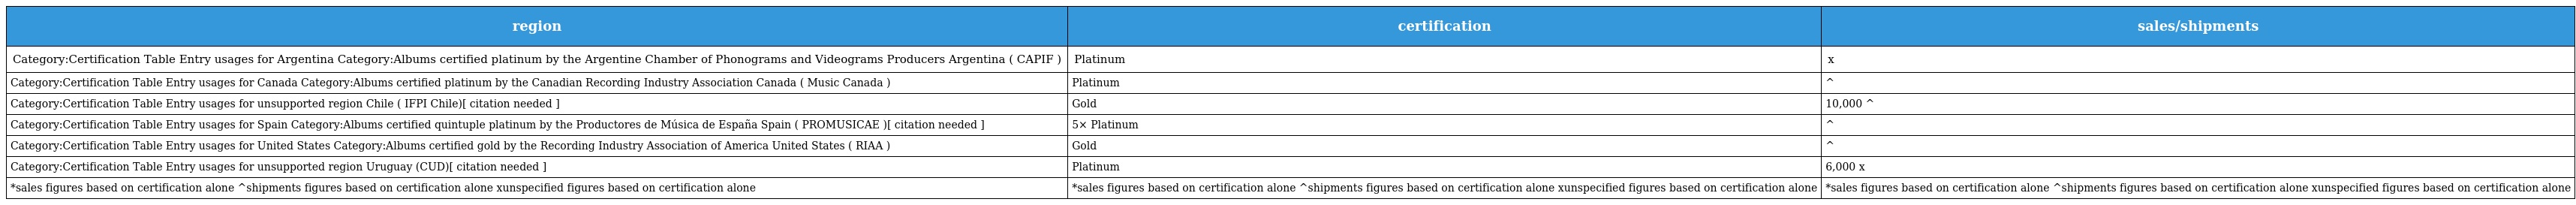
| region | certification | sales/shipments |
 | --- | --- | --- |
 | Category:Certification Table Entry usages for Argentina Category:Albums certified platinum by the Argentine Chamber of Phonograms and Videograms Producers Argentina ( CAPIF ) | Platinum | x |
 | Category:Certification Table Entry usages for Canada Category:Albums certified platinum by the Canadian Recording Industry Association Canada ( Music Canada ) | Platinum | ^ |
 | Category:Certification Table Entry usages for unsupported region Chile ( IFPI Chile)[ citation needed ] | Gold | 10,000 ^ |
 | Category:Certification Table Entry usages for Spain Category:Albums certified quintuple platinum by the Productores de Música de España Spain ( PROMUSICAE )[ citation needed ] | 5× Platinum | ^ |
 | Category:Certification Table Entry usages for United States Category:Albums certified gold by the Recording Industry Association of America United States ( RIAA ) | Gold | ^ |
 | Category:Certification Table Entry usages for unsupported region Uruguay (CUD)[ citation needed ] | Platinum | 6,000 x |
 | *sales figures based on certification alone ^shipments figures based on certification alone xunspecified figures based on certification alone | *sales figures based on certification alone ^shipments figures based on certification alone xunspecified figures based on certification alone | *sales figures based on certification alone ^shipments figures based on certification alone xunspecified figures based on certification alone |